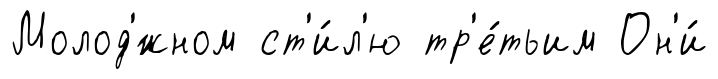
Молод'́жном ст'и́л'ю тр'е́тьим Он'и́